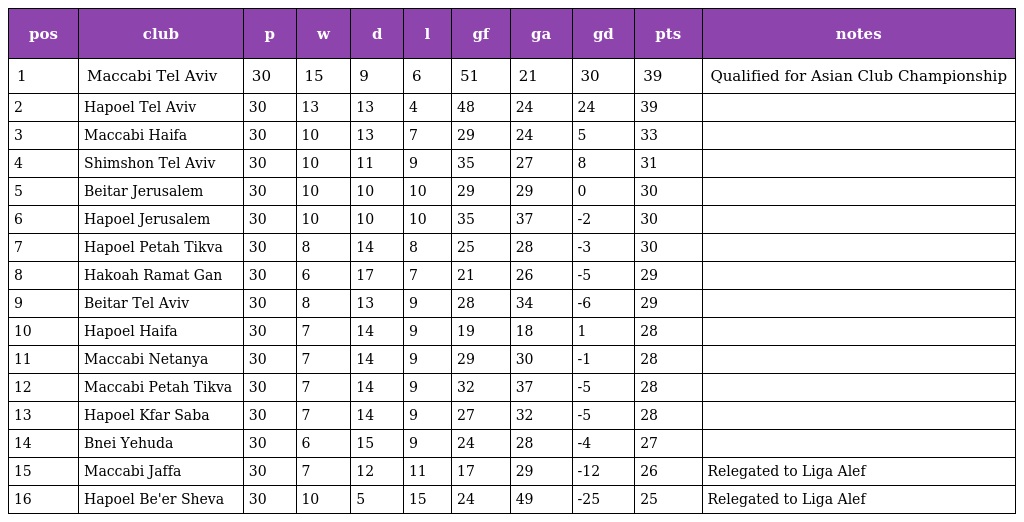
| pos | club | p | w | d | l | gf | ga | gd | pts | notes |
 | --- | --- | --- | --- | --- | --- | --- | --- | --- | --- | --- |
 | 1 | Maccabi Tel Aviv | 30 | 15 | 9 | 6 | 51 | 21 | 30 | 39 | Qualified for Asian Club Championship |
 | 2 | Hapoel Tel Aviv | 30 | 13 | 13 | 4 | 48 | 24 | 24 | 39 |  |
 | 3 | Maccabi Haifa | 30 | 10 | 13 | 7 | 29 | 24 | 5 | 33 |  |
 | 4 | Shimshon Tel Aviv | 30 | 10 | 11 | 9 | 35 | 27 | 8 | 31 |  |
 | 5 | Beitar Jerusalem | 30 | 10 | 10 | 10 | 29 | 29 | 0 | 30 |  |
 | 6 | Hapoel Jerusalem | 30 | 10 | 10 | 10 | 35 | 37 | -2 | 30 |  |
 | 7 | Hapoel Petah Tikva | 30 | 8 | 14 | 8 | 25 | 28 | -3 | 30 |  |
 | 8 | Hakoah Ramat Gan | 30 | 6 | 17 | 7 | 21 | 26 | -5 | 29 |  |
 | 9 | Beitar Tel Aviv | 30 | 8 | 13 | 9 | 28 | 34 | -6 | 29 |  |
 | 10 | Hapoel Haifa | 30 | 7 | 14 | 9 | 19 | 18 | 1 | 28 |  |
 | 11 | Maccabi Netanya | 30 | 7 | 14 | 9 | 29 | 30 | -1 | 28 |  |
 | 12 | Maccabi Petah Tikva | 30 | 7 | 14 | 9 | 32 | 37 | -5 | 28 |  |
 | 13 | Hapoel Kfar Saba | 30 | 7 | 14 | 9 | 27 | 32 | -5 | 28 |  |
 | 14 | Bnei Yehuda | 30 | 6 | 15 | 9 | 24 | 28 | -4 | 27 |  |
 | 15 | Maccabi Jaffa | 30 | 7 | 12 | 11 | 17 | 29 | -12 | 26 | Relegated to Liga Alef |
 | 16 | Hapoel Be'er Sheva | 30 | 10 | 5 | 15 | 24 | 49 | -25 | 25 | Relegated to Liga Alef |